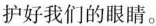
护好我们的眼睛。